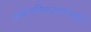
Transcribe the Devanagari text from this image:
अफगणिस्तानपासून